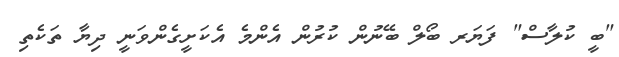
"ބީ ކުލާސް" ފަޔަރ ބޯލް ބޭނުން ކުރުން އެންމެ އެކަށީގެންވަނީ ދިޔާ ތަކެތި